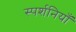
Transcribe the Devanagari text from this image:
स्पर्शनियाँ